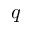
q